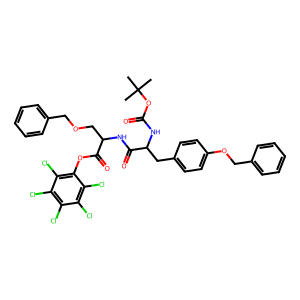
SMILES: CC(C)(C)OC(=O)NC(Cc1ccc(OCc2ccccc2)cc1)C(=O)NC(COCc1ccccc1)C(=O)Oc1c(Cl)c(Cl)c(Cl)c(Cl)c1Cl
Inhibits HIV replication: No